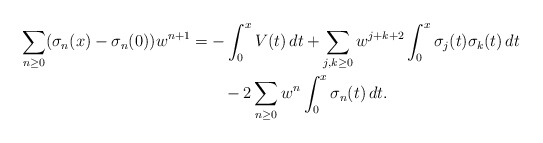
\begin{align*}\sum_{n\ge 0} (\sigma_n(x)-\sigma_n(0))w^{n+1} & = -\int_0^x V(t)\, dt + \sum_{j,k\ge 0} w^{j+k+2}\int_0^x \sigma_j(t)\sigma_k(t)\, dt \\& \quad\quad- 2 \sum_{n\ge 0} w^n \int_0^x \sigma_n(t)\, dt .\end{align*}